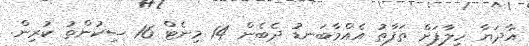
އާދަޔާ ހިލާފަށް ތަފާތު އެއްމާބަނޑު ދެބެން 14 މިނެޓް 16 ސިކުންތު ކުރިން.